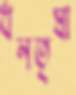
ধনতৃষা